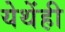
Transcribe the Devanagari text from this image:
येथेंही